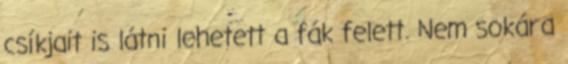
csíkjait is látni lehetett a fák felett. Nem sokára